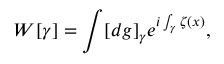
W [ \gamma ] = \int [ d g ] _ { \gamma } e ^ { i \int _ { \gamma } \zeta ( x ) } ,